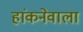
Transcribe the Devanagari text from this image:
हांकनेवाला